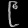
Digit: ၉